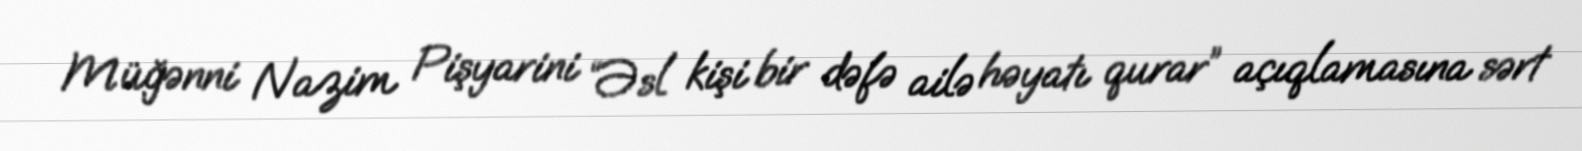
Müğənni Nazim Pişyarini “Əsl kişi bir dəfə ailə həyatı qurar” açıqlamasına sərt